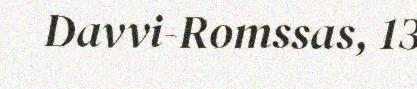
Davvi-Romssas, 13